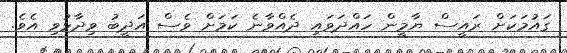
ގައުމަކަށް ރައީސް ޔާމީން ހައްދަވައި ދެއްވާނެ ކަމަށް ވެސް އަދީބު ވިދާޅުވި އެވެ.